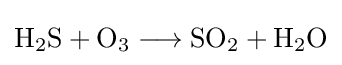
{\mathrm {H} {\vphantom {A}}_{\smash[{t}]{2}}\mathrm {S} {}+{}\mathrm {O} {\vphantom {A}}_{\smash[{t}]{3}}{}\mathrel {\longrightarrow } {}\mathrm {SO} {\vphantom {A}}_{\smash[{t}]{2}}{}+{}\mathrm {H} {\vphantom {A}}_{\smash[{t}]{2}}\mathrm {O} }